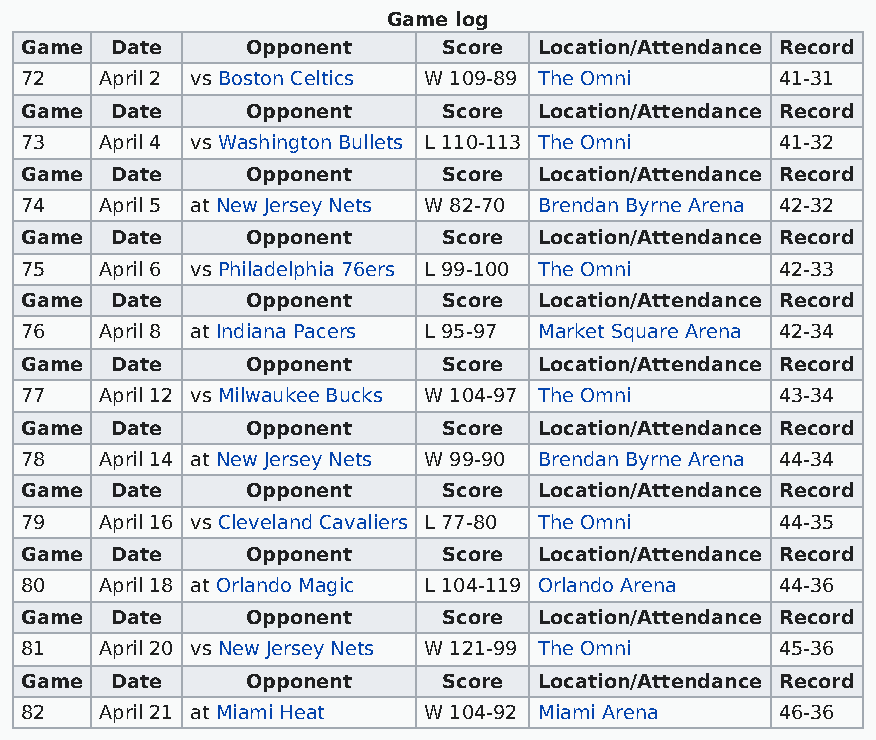
Game log
 Game  Date     Opponent     Score  Location/Attendance Record
 72    April 2 vs Boston Celtics W 109-89 The Omni  41-31
 Game  Date     Opponent     Score  Location/Attendance Record
 73    April 4 vs Washington Bullets L 110-113 The Omni 41-32
 Game  Date     Opponent     Score  Location/Attendance Record
 74    April 5 at New Jersey Nets W 82-70 Brendan Byrne Arena 42-32
 Game  Date     Opponent     Score  Location/Attendance Record
 75    April 6 vs Philadelphia 76ers L 99-100 The Omni 42-33
 Game  Date     Opponent     Score  Location/Attendance Record
 76    April 8 at Indiana Pacers L 95-97 Market Square Arena 42-34
 Game  Date     Opponent     Score  Location/Attendance Record
 77    April 12 vs Milwaukee Bucks W 104-97 The Omni 43-34
 Game  Date     Opponent     Score  Location/Attendance Record
 78    April 14 at New Jersey Nets W 99-90 Brendan Byrne Arena 44-34
 Game  Date     Opponent     Score  Location/Attendance Record
 79    April 16 vs Cleveland Cavaliers L 77-80 The Omni 44-35
 Game  Date     Opponent     Score  Location/Attendance Record
 80    April 18 at Orlando Magic L 104-119 Orlando Arena 44-36
 Game  Date     Opponent     Score  Location/Attendance Record
 81    April 20 vs New Jersey Nets W 121-99 The Omni 45-36
 Game  Date     Opponent     Score  Location/Attendance Record
 82    April 21 at Miami Heat W 104-92 Miami Arena  46-36